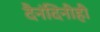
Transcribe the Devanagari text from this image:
दैनंदिनीही